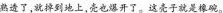
熟透了,就掉到地上,壳也爆开了。这壳子就是橡碗。